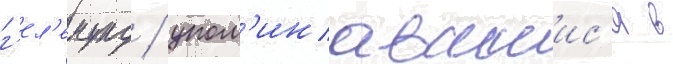
г'ел'емунд / упом'инавшиис'я в